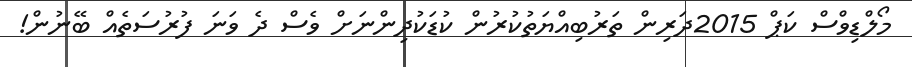
މޯލްޑިވްސް ކަޕް 2015ދަރިން ތަރުބިއްޔަތުކުރުން ކުޑަކުދިންނަށް ވެސް ދެ ވަނަ ފުރުސަތެއް ބޭނުން!